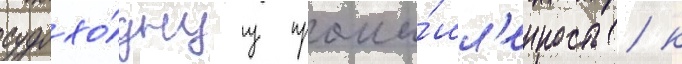
судохо́днуу промы́шл'енность / к